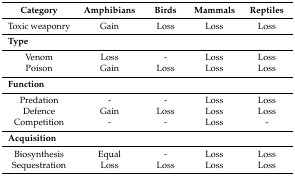
| Category | Amphibians | Birds | Mammals | Reptiles |
 | --- | --- | --- | --- | --- |
 | Toxic weaponry | Gain | Loss | Loss | Loss |
 | <COLSPAN=5> Type |
 | Venom | Loss | - | Loss | Loss |
 | Poison | Gain | Loss | Loss | Loss |
 | <COLSPAN=5> Function |
 | Predation | - | - | Loss | Loss |
 | Defence | Gain | Loss | Loss | Loss |
 | Competition | - | - | Loss | - |
 | <COLSPAN=5> Acquisition |
 | Biosynthesis | Equal | - | Loss | Loss |
 | Sequestration | Loss | Loss | Loss | Loss |